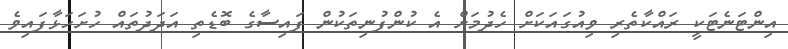
އިންޓަނެޓަކީ ރައްކާތެރި ވިއުގައަކަށް ހެދުމަށް އެ ކުންފުނިތަކުން ފައިސާގެ ބޮޑެތި އަދަދުތައް ހުށަހަޅާފައިވެ